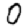
Digit: 0